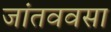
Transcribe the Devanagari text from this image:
जांतववसा